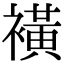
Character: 𧝒